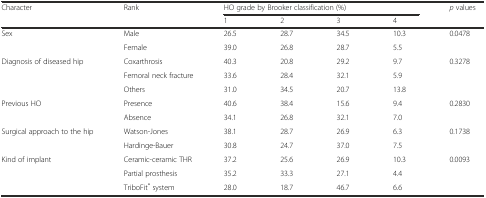
<table><thead><tr><td rowspan="2"><b>Character</b></td><td rowspan="2"><b>Rank</b></td><td colspan="4"><b>HO grade by Brooker classification (%)</b></td><td rowspan="2"><b><i>p</i> values</b></td></tr><tr><td><b>1</b></td><td><b>2</b></td><td><b>3</b></td><td><b>4</b></td></tr></thead><tbody><tr><td rowspan="2">Sex</td><td>Male</td><td>26.5</td><td>28.7</td><td>34.5</td><td>10.3</td><td rowspan="2">0.0478</td></tr><tr><td>Female</td><td>39.0</td><td>26.8</td><td>28.7</td><td>5.5</td></tr><tr><td rowspan="3">Diagnosis of diseased hip</td><td>Coxarthrosis</td><td>40.3</td><td>20.8</td><td>29.2</td><td>9.7</td><td rowspan="3">0.3278</td></tr><tr><td>Femoral neck fracture</td><td>33.6</td><td>28.4</td><td>32.1</td><td>5.9</td></tr><tr><td>Others</td><td>31.0</td><td>34.5</td><td>20.7</td><td>13.8</td></tr><tr><td rowspan="2">Previous HO</td><td>Presence</td><td>40.6</td><td>38.4</td><td>15.6</td><td>9.4</td><td rowspan="2">0.2830</td></tr><tr><td>Absence</td><td>34.1</td><td>26.8</td><td>32.1</td><td>7.0</td></tr><tr><td rowspan="2">Surgical approach to the hip</td><td>Watson-Jones</td><td>38.1</td><td>28.7</td><td>26.9</td><td>6.3</td><td rowspan="2">0.1738</td></tr><tr><td>Hardinge-Bauer</td><td>30.8</td><td>24.7</td><td>37.0</td><td>7.5</td></tr><tr><td rowspan="3">Kind of implant</td><td>Ceramic-ceramic THR</td><td>37.2</td><td>25.6</td><td>26.9</td><td>10.3</td><td rowspan="3">0.0093</td></tr><tr><td>Partial prosthesis</td><td>35.2</td><td>33.3</td><td>27.1</td><td>4.4</td></tr><tr><td>TriboFit<sup>®</sup> system</td><td>28.0</td><td>18.7</td><td>46.7</td><td>6.6</td></tr></tbody></table>